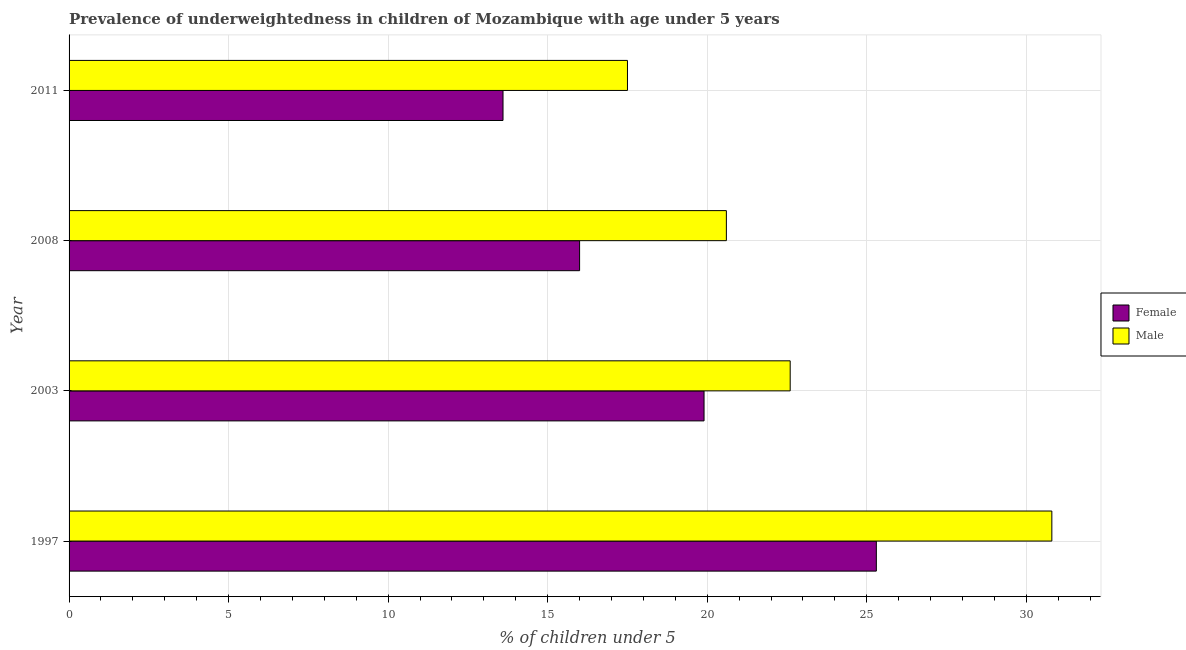
| Year | Female | Male |
 | --- | --- | --- |
 | 1997 | 25.3 | 30.8 |
 | 2003 | 19.9 | 22.6 |
 | 2008 | 16 | 20.6 |
 | 2011 | 13.6 | 17.5 |